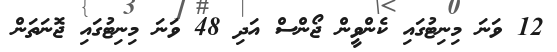
12 ވަނަ މިނިޓުގައި ކެންވީން ޖޯންސް އަދި 48 ވަނަ މިނިޓުގައި ޖޮނަތަން